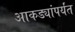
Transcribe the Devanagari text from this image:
आकड्यांपर्यंत